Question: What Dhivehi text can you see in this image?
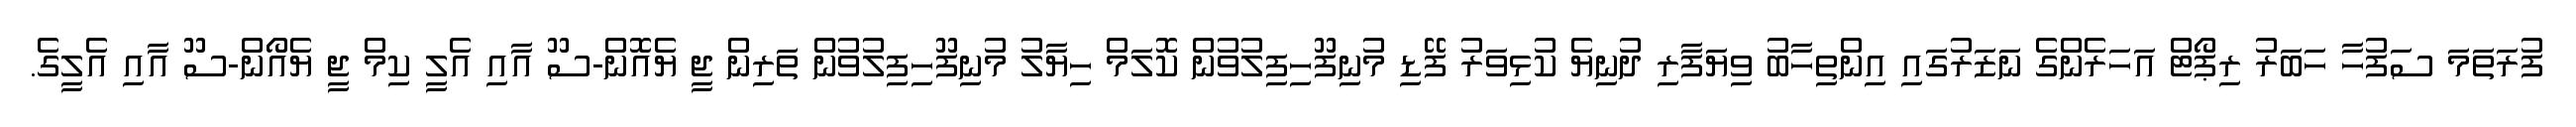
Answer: ފުރަތަމަ ސަފުހާ ހަބަރު ރިޕޯޓް އަހަރެންގެ ނަޒަރުގައި އިންތިހާބު ވިޔަފާރި ދުނިޔެ ކުޅިވަރު ފޭޑި މުނިފޫހިފިލުވުން ކޮލަމް ހިޔާލު މުނިފޫހިފިލުވުން ތަރިން ޖީ ޔެއޮން-ސޫ އާއި އެލީ ކިމް ޖީ ޔެއޯން-ސޫ އާއި އެލީގެ.